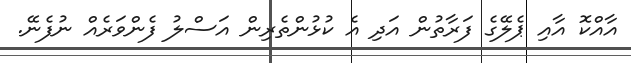
އާއްކޮ އާއި ޕެލޭގެ ފަރާތުން އަދި އެ ކުޅުންތެރިން އަސްލު ފެންވަރެއް ނުފެނޭ.